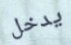
يدخل